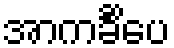
အာကင်္ခိံပေ